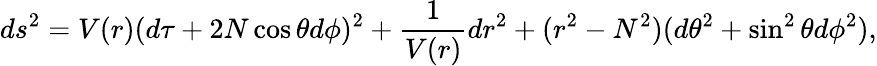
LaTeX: ds^{2}=V(r)(d\tau+2N\cos\theta d\phi)^{2}+\frac{1}{V(r)}dr^{2}+(r^{2}-N^{2})(d\theta^{2}+\sin^{2}\theta d\phi^{2}),